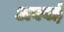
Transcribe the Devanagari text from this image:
अववई